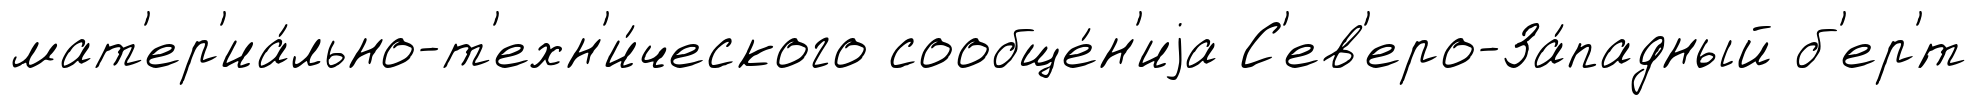
мат'ер'иа́льно-т'ехн'и́ческого сообще́н'иjа С'ев'еро-За́падный б'ер'́т